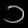
Digit: ၁